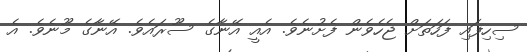
ސިހިފައި ފަހަތަށް ޖެހެވެން ފެށުނެވެ. އެއީ އޭނާގެ ސޫރައެވެ. އޭނާގެ މޫނެވެ. އެ